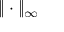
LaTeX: \| \cdot \| _ { \infty }